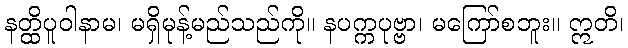
နတ္ထိပူဝါနာမ၊ မရှိမုန့်မည်သည်ကို။ နပက္ကပုဗ္ဗာ၊ မကြော်စဘူး။ ဣတိ၊